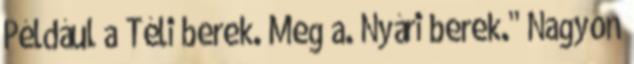
Például a Téli berek. Meg a. Nyári berek." Nagyon